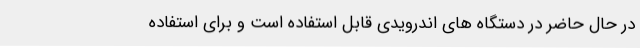
در حال حاضر در دستگاه های اندرویدی قابل استفاده است و برای استفاده